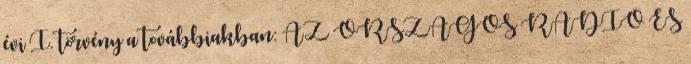
évi I. törvény a továbbiakban: AZ ORSZÁGOS RÁDIÓ ÉS